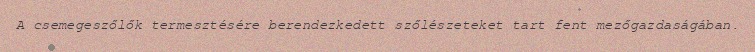
A csemegeszőlők termesztésére berendezkedett szőlészeteket tart fent mezőgazdaságában.